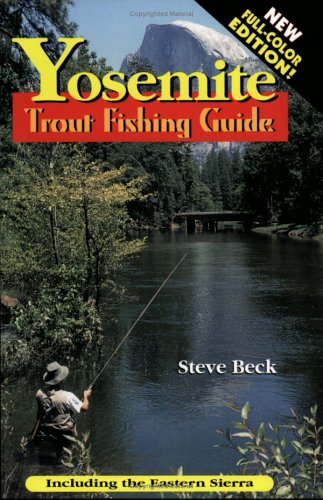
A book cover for Yosemite Trout Fishing Guide (In Full Color); Steve Beck; Travel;